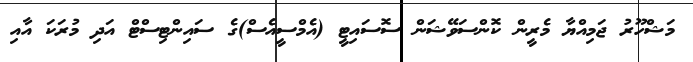
މަޝްހޫރު ޖަމިއްޔާ މެރީން ކޮންސަވޭޝަން ސޮސައިޓީ (އެމްސީއެސް)ގެ ސައިންޓިސްޓް އަދި މުރަކަ އާއި